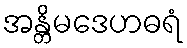
အန္တိမဒေဟဓရံ